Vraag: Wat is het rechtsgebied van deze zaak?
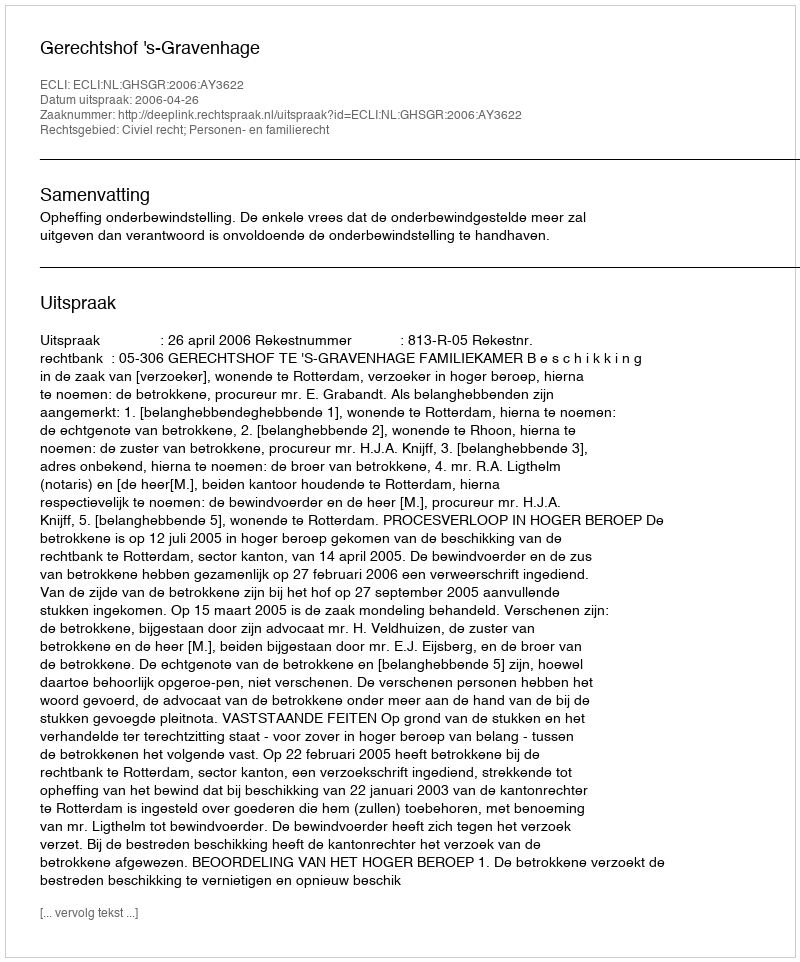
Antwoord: Civiel recht; Personen- en familierecht